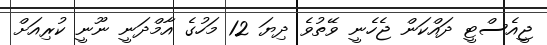
ޖީއެސްޓީ ދައްކަން ޖެހެނީ ވޭތުވެ ދިޔަ 12 މަހުގެ އާމްދަނީ ނޫނީ ކުރިއަށް